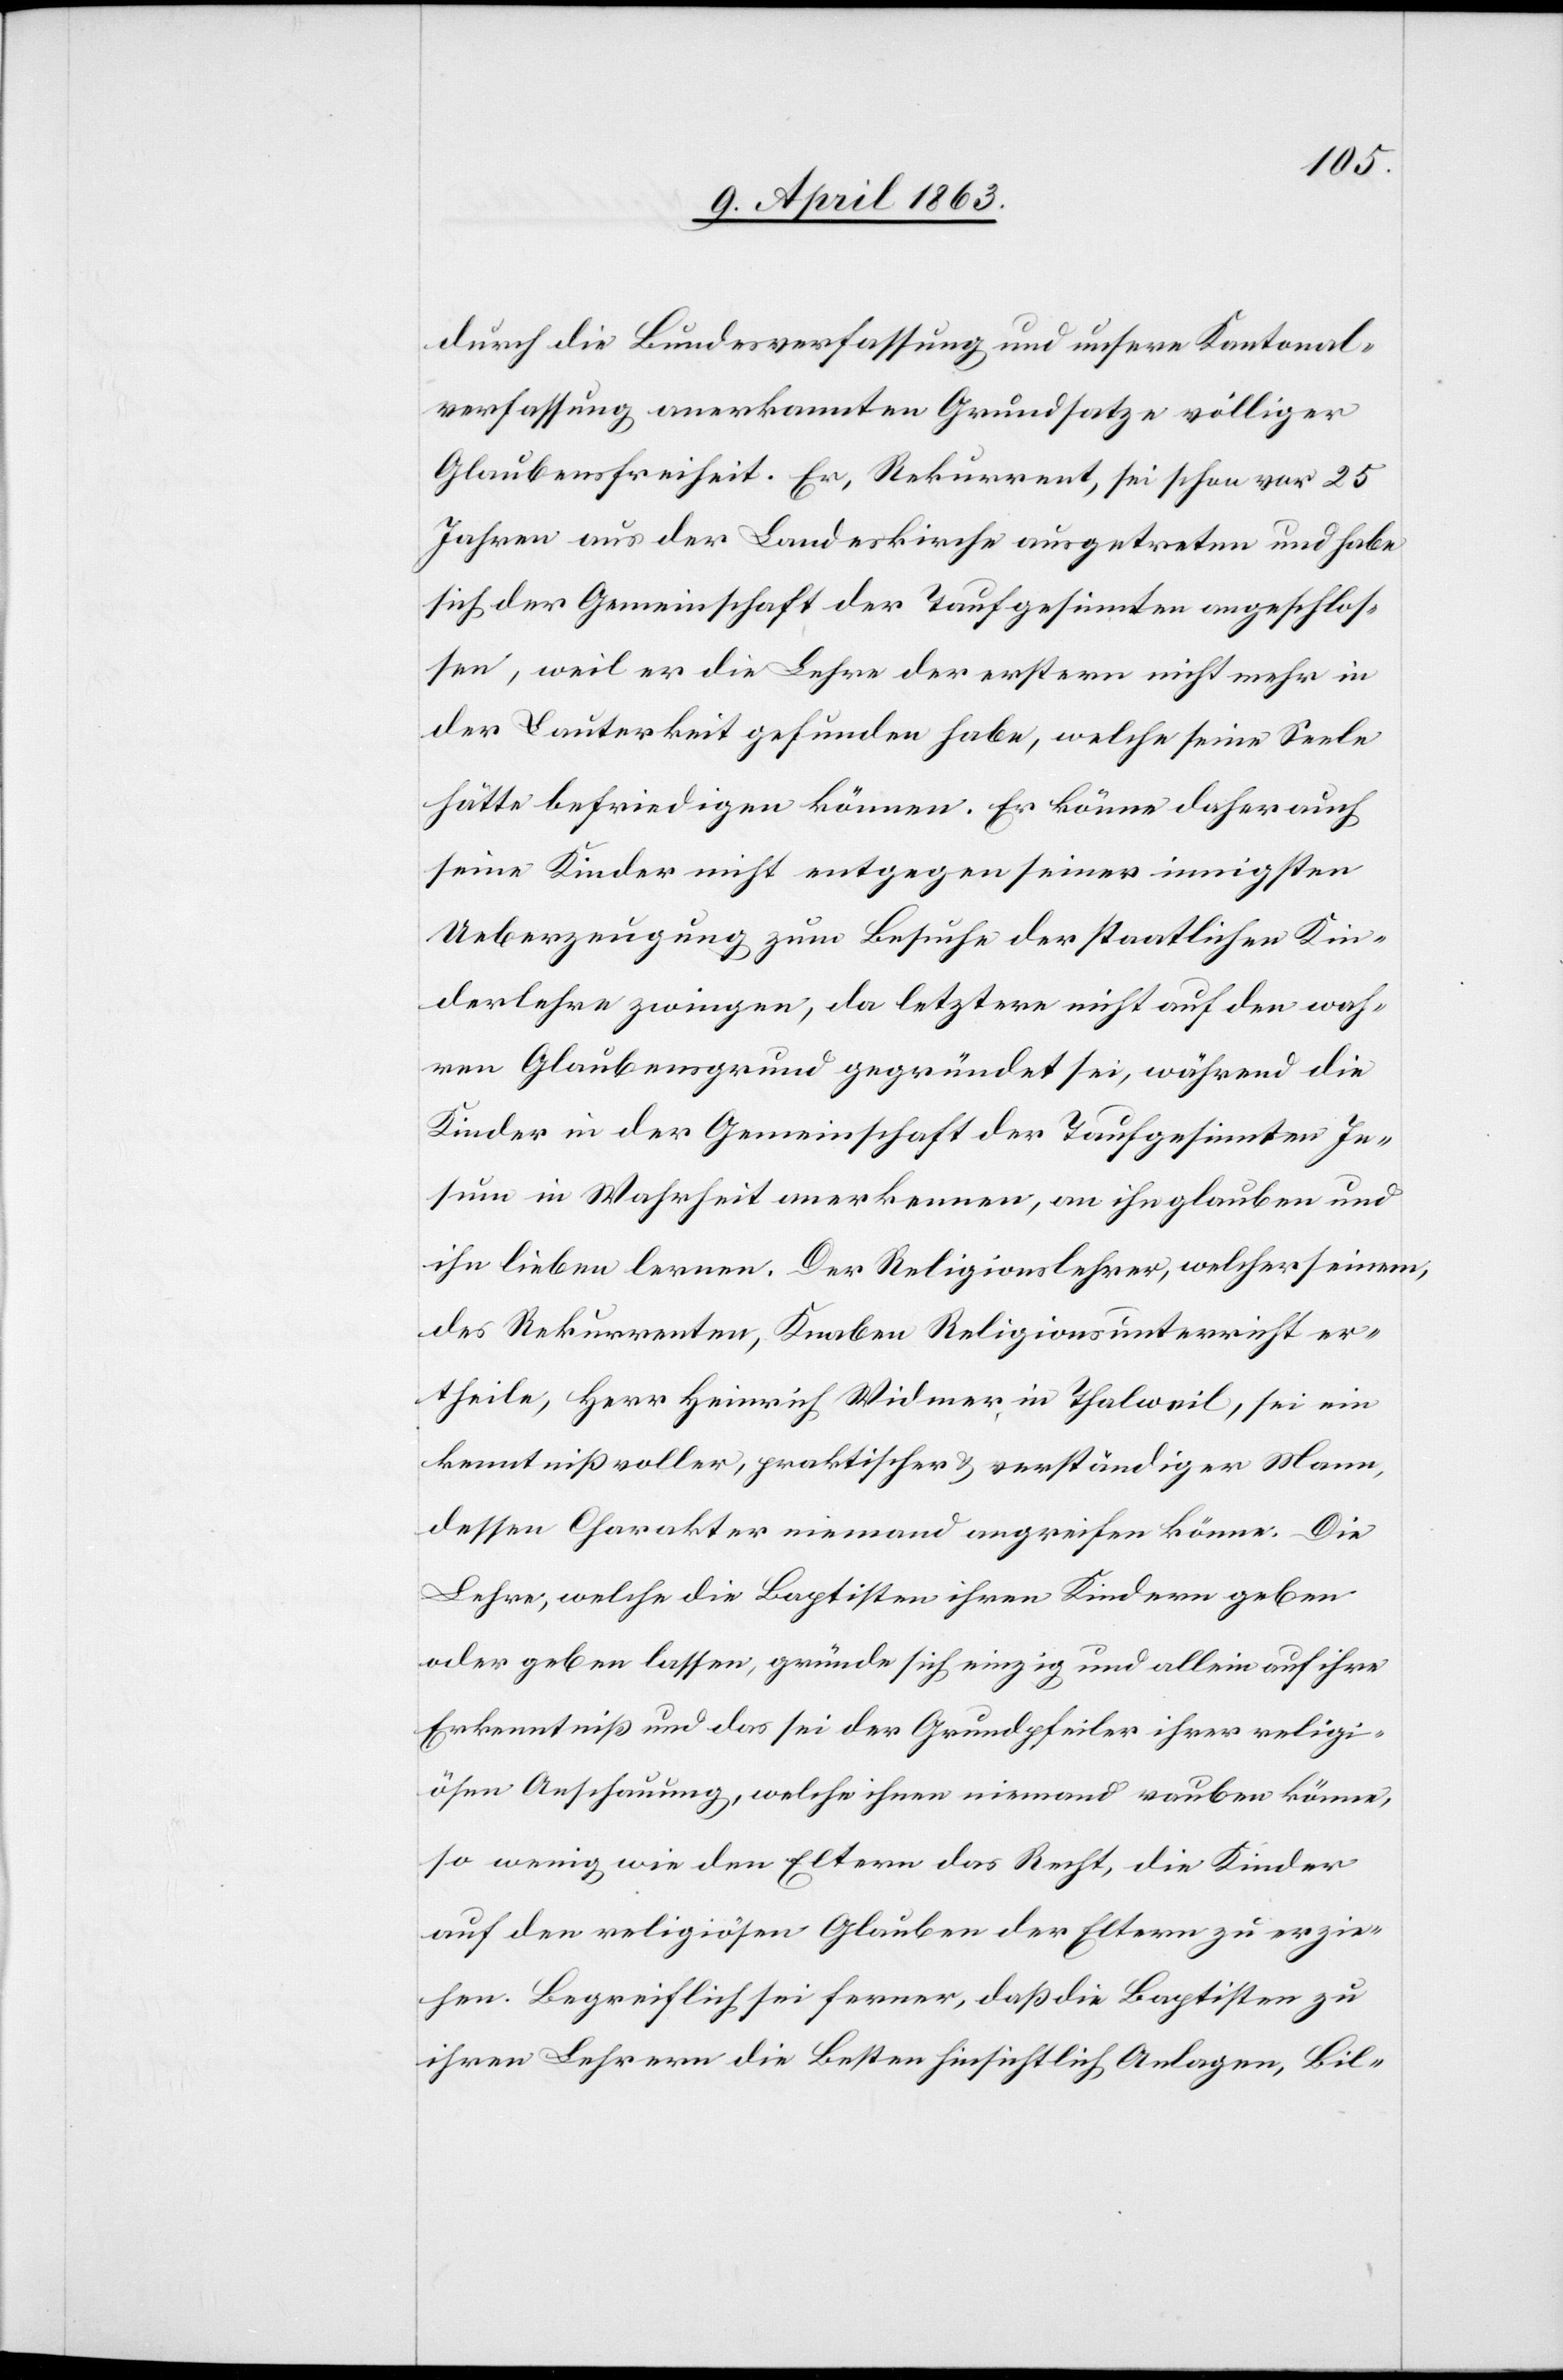
durch die Bundesverfassung und unsere Kantonal¬
verfassung anerkannten Grundsatze völliger
Glaubensfreiheit. Er, Rekurrent, sei schon vor 25
Jahren aus der Landeskirche ausgetreten und habe
sich der Gemeinschaft der Taufgesinnten angeschlos¬
sen, weil er die Lehre der erstern nicht mehr in
der Lauterkeit gefunden habe, welche seine Seele
hätte befriedigen können. Er könne daher auch
seine Kinder nicht entgegen seiner innigsten
Ueberzeugung zum Besuche der staatlichen Kin¬
derlehre zwingen, da letztere nicht auf den wah¬
ren Glaubensgrund gegründet sei, während die
Kinder in der Gemeinschaft der Taufgesinnten Je¬
sum in Wahrheit anerkennen, an ihn glauben und
ihn lieben lernen. Der Religionslehrer, welcher seinem,
des Rekurrenten, Knaben Religionsunterricht er¬
theile, Herr Heinrich Widmer in Thalweil, sei ein
kenntnißvoller, praktischer & verständiger Mann,
dessen Charakter niemand angreifen könne. Die
Lehre, welche die Baptisten ihren Kindern geben
oder geben lassen, gründe sich einzig und allein auf ihre
Erkenntniß und das sei der Grundpfeiler ihrer religi¬
ösen Anschauung, welche ihnen niemand rauben könne,
so wenig wie den Eltern das Recht, die Kinder
auf den religiösen Glauben der Eltern zu erzie¬
hen. Begreiflich sei ferner, daß die Baptisten zu
ihren Lehrern die Besten hinsichtlich Anlagen, Bil-